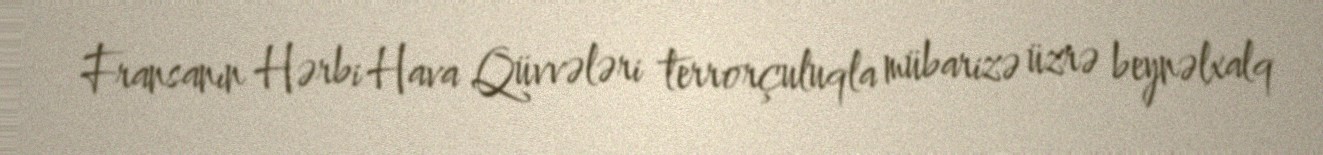
Fransanın Hərbi Hava Qüvvələri terrorçuluqla mübarizə üzrə beynəlxalq